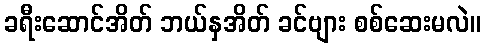
ခရီးဆောင်အိတ် ဘယ်နှအိတ် ခင်ဗျား စစ်ဆေးမလဲ။